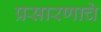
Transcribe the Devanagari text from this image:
प्रसारणाचे